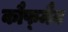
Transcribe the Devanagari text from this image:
कौफ्मैन